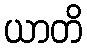
ယာတိ